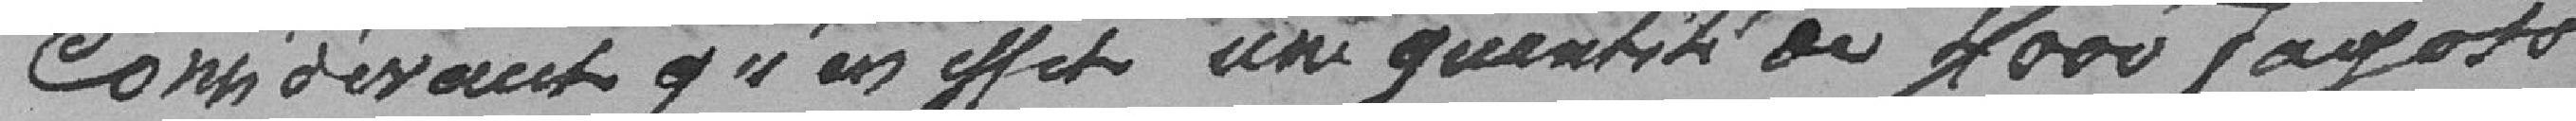
Considérant qu'en effet, une quantité de 4000 fagots